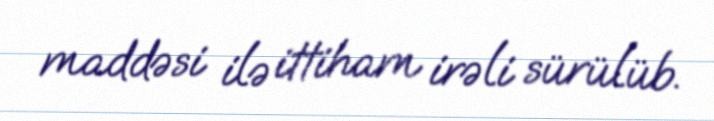
maddəsi ilə ittiham irəli sürülüb.